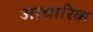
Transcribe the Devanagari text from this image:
आचारिक